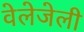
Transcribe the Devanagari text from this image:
वेलेजेली